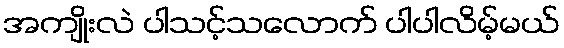
အကျိုးလဲ ပါသင့်သလောက် ပါပါလိမ့်မယ်